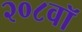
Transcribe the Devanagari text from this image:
२०८वॉ